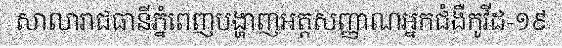
សាលារាជធានីភ្នំពេញបង្ហាញអត្តសញ្ញាណអ្នកជំងឺកូវីដ-១៩